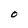
Character: O